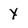
Character: y